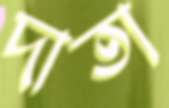
দাতা